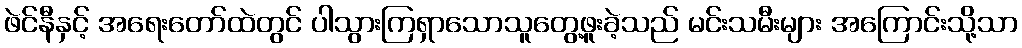
ဖဲင်နီနှင့် အရေးတော်ထဲတွင် ပါသွားကြရှာသောသူတွေ့ဖူးခဲ့သည် မင်းသမီးများ အကြောင်းသို့သာ